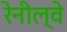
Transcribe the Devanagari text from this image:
रेनील्वे